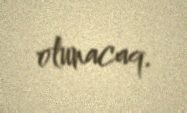
olunacaq.